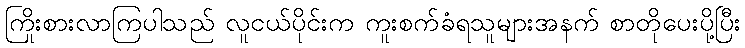
ကြိုးစားလာကြပါသည် လူငယ်ပိုင်းက ကူးစက်ခံရသူများအနက် စာတိုပေးပို့ပြီး